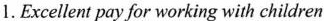
1.Excellent pay for working with children